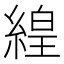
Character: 𬗬